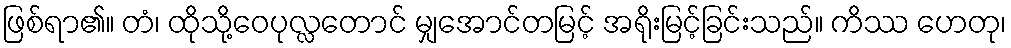
ဖြစ်ရာ၏။ တံ၊ ထိုသို့ဝေပုလ္လတောင် မျှအောင်တမြင့် အရိုးမြင့်ခြင်းသည်။ ကိဿ ဟေတု၊